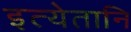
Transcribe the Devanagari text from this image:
इत्येतानि